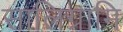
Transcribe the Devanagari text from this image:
सालिग्रामि